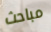
مباحث